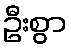
ဦးစွာ